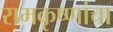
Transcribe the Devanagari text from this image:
रामकृष्णांचा